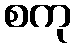
စကု